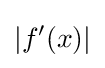
\left|f'(x)\right|